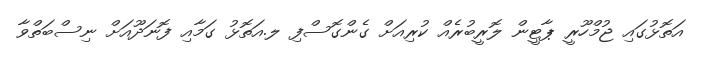
އަތޮޅުގައި ޖުމްހޫރީ ޕާޓީން ލޮރީބުރެއް ކުރިއަށް ގެންގޮސްފި ލ.އަތޮޅު ގަމާއި ފޮނަދޫއަށް ނިސްބަތްވާ